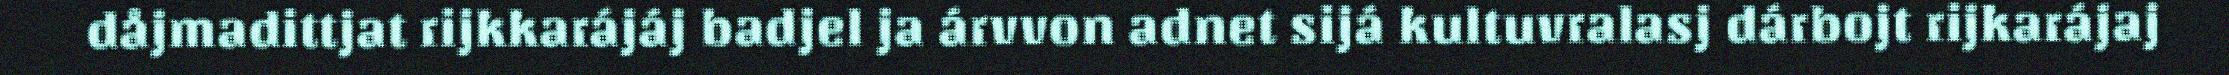
dåjmadittjat rijkkarájáj badjel ja árvvon adnet sijá kultuvralasj dárbojt rijkarájaj